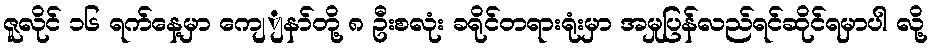
ဇူလိုင် ၁၆ ရက်နေ့မှာ ကျေျနာ်တို့ ၈ ဦးစလုံး ခရိုင်တရားရုံးမှာ အမှုပြန်လည်ရင်ဆိုင်ရမှာပါ လို့